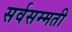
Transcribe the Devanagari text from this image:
सर्वसम्मती